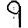
Digit: 9